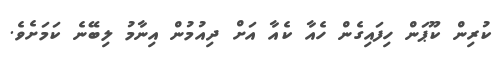
ކުރިން ކޫޕަން ހިފައިގެން ހެއާ ކެއާ އަށް ދިއުމުން އިނާމު ލިބޭނެ ކަމަށެވެ.